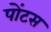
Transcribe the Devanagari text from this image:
पोंटस